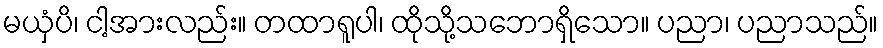
မယှံပိ၊ ငါ့အားလည်း။ တထာရူပါ၊ ထိုသို့သဘောရှိသော။ ပညာ၊ ပညာသည်။